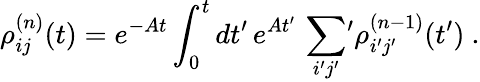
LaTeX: \rho_{ij}^{(n)}(t)=e^{-At}\int_{0}^{t}dt^{\prime}\, e^{At^{\prime}}\, \sum_{i^{\prime}j^{\prime}}\, \! \! ^{\prime}\rho_{i^{\prime}j^{\prime}}^{(n-1)}(t^{\prime})\ .